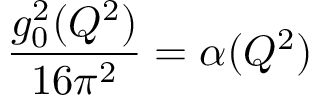
{ \frac { g _ { 0 } ^ { 2 } ( Q ^ { 2 } ) } { 1 6 \pi ^ { 2 } } } = \alpha ( Q ^ { 2 } )